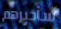
سأخبرهم